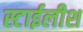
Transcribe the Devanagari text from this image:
स्टाईलीश